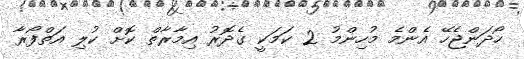
ހޯދަންޖެހޭ އެންމެ މުހިންމު 2 ކަމަކީ ގެދޮރު އިމާރާތް ކޮށް ކުލި އަތްފޯރާ